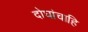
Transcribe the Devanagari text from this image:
दोघांचाहि